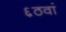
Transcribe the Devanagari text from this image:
६ठवां